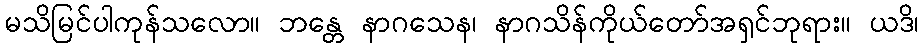
မသိမြင်ပါကုန်သလော။ ဘန္တေ နာဂသေန၊ နာဂသိန်ကိုယ်တော်အရှင်ဘုရား။ ယဒိ၊